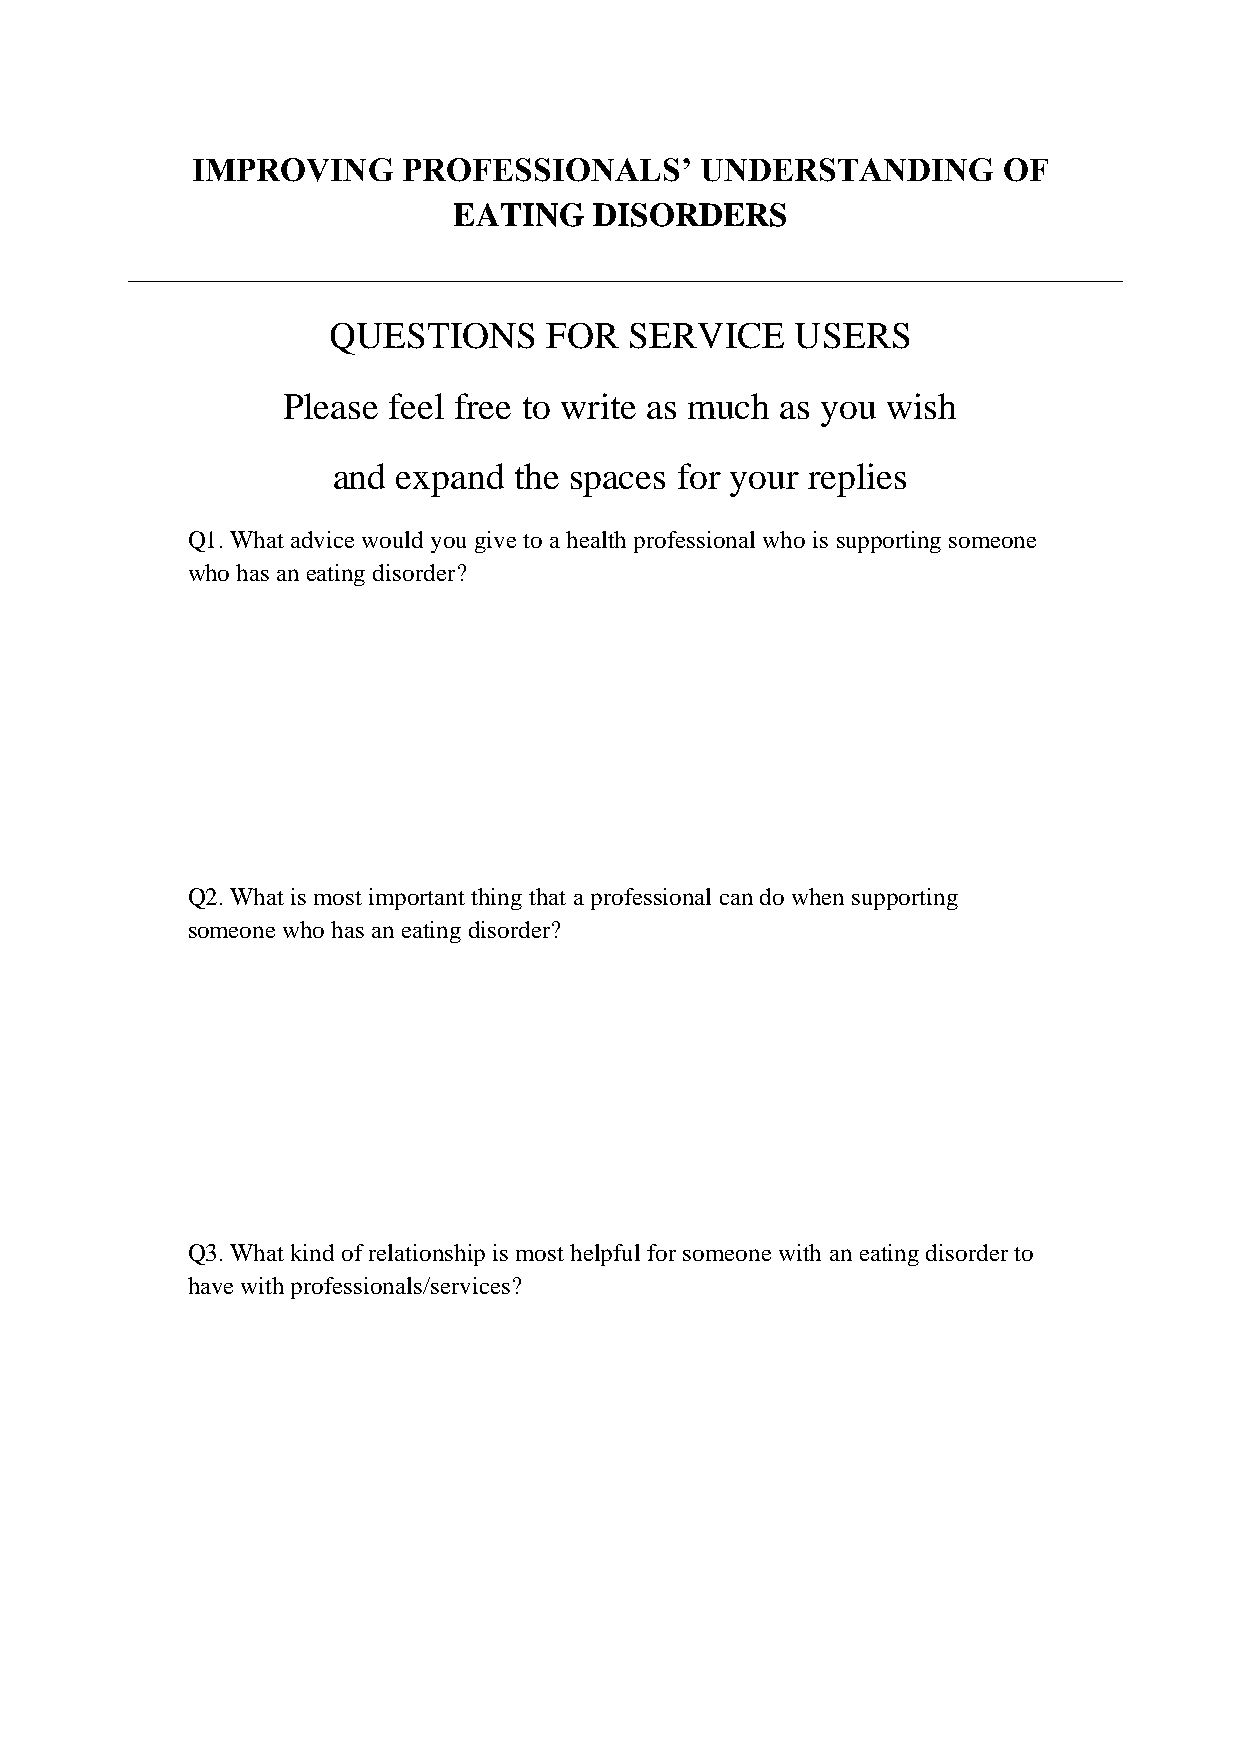
IMPROVING     PROFESSIONALS’     UNDERSTANDING       OF
 EATING   DISORDERS
 QUESTIONS     FOR   SERVICE    USERS
 Please feel free to write as much as you wish
 and expand  the spaces for your replies
 Q1. What advice would you give to a health professional who is supporting someone
 who has an eating disorder?
 Q2. What is most important thing that a professional can do when supporting
 someone who has an eating disorder?
 Q3. What kind of relationship is most helpful for someone with an eating disorder to
 have with professionals/services?